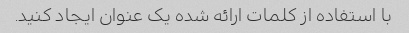
با استفاده از کلمات ارائه شده یک عنوان ایجاد کنید.